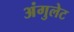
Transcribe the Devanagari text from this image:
अंगुलेट